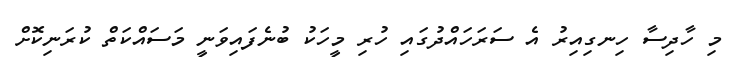
މި ހާދިސާ ހިނގިއިރު އެ ސަރަހައްދުގައި ހުރި މީހަކު ބުނެފައިވަނީ މަސައްކަތް ކުރަނިކޮށް